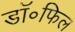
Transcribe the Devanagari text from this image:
डॉ॰फिल